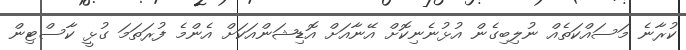
ކުރާނެ މަސައްކަތެއް ނުލިބިގެން އުޅުނެނިކޮށް އޭނާއަށް އޮޑިޝަންއަކަށް އެންމެ ފުރަތަމަ ގުޅީ ކާސްޓިން